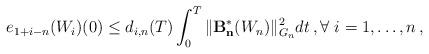
LaTeX: \begin{align*}e_{1+i-n}(W_i)(0) \le d_{i,n}(T) \int_0^T \| \mathcal{\mathbf{B^{\ast}_n}}(W_n) \|_{G_{n}}^2 dt \,,\forall \ i=1, \ldots, n \,,\end{align*}